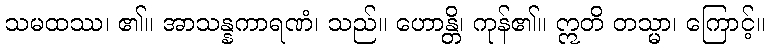
သမထဿ၊ ၏။ အာသန္နကာရဏံ၊ သည်။ ဟောန္တိ၊ ကုန်၏။ ဣတိ တသ္မာ၊ ကြောင့်။